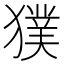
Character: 獛